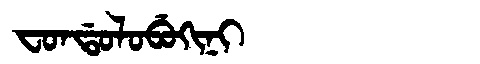
Manchu: ᠸᠣᠨᡩᠣᠯᠣᠪᡠᡴᡳᠨᡳ
Romanization: FONDOLOBUKINI